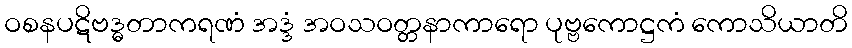
ဝစနပဋိဗဒ္ဓတာကရဏံ အဒ္ဒံ အဝသဝတ္တနာကာရော ပုဗ္ဗကောဋ္ဌကံ ကောသိယာတိ